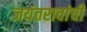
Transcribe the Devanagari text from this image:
जयंतरावांची